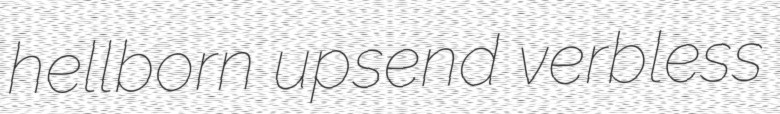
hellborn upsend verbless